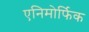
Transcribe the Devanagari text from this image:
एनिमोर्फिक